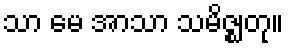
သာ မေ အာသာ သမိဇ္ဈတု။